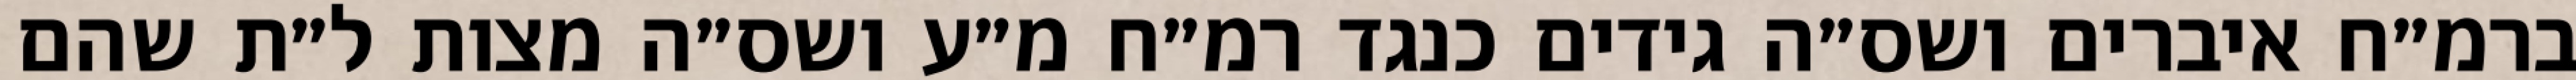
ברמ״ח איברים ושס״ה גידים כנגד רמ״ח מ״ע ושס״ה מצות ל״ת שהם